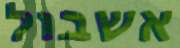
אשבול